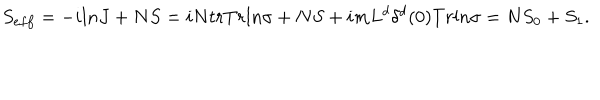
S _ { e f f } = - i l n J + N S = i N t r T r l n \sigma + N S + i m L ^ { d } \delta ^ { d } ( 0 ) T r l n \sigma = N S _ { 0 } + S _ { 1 } .